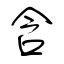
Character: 含